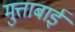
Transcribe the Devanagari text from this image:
मुत्ताबाई